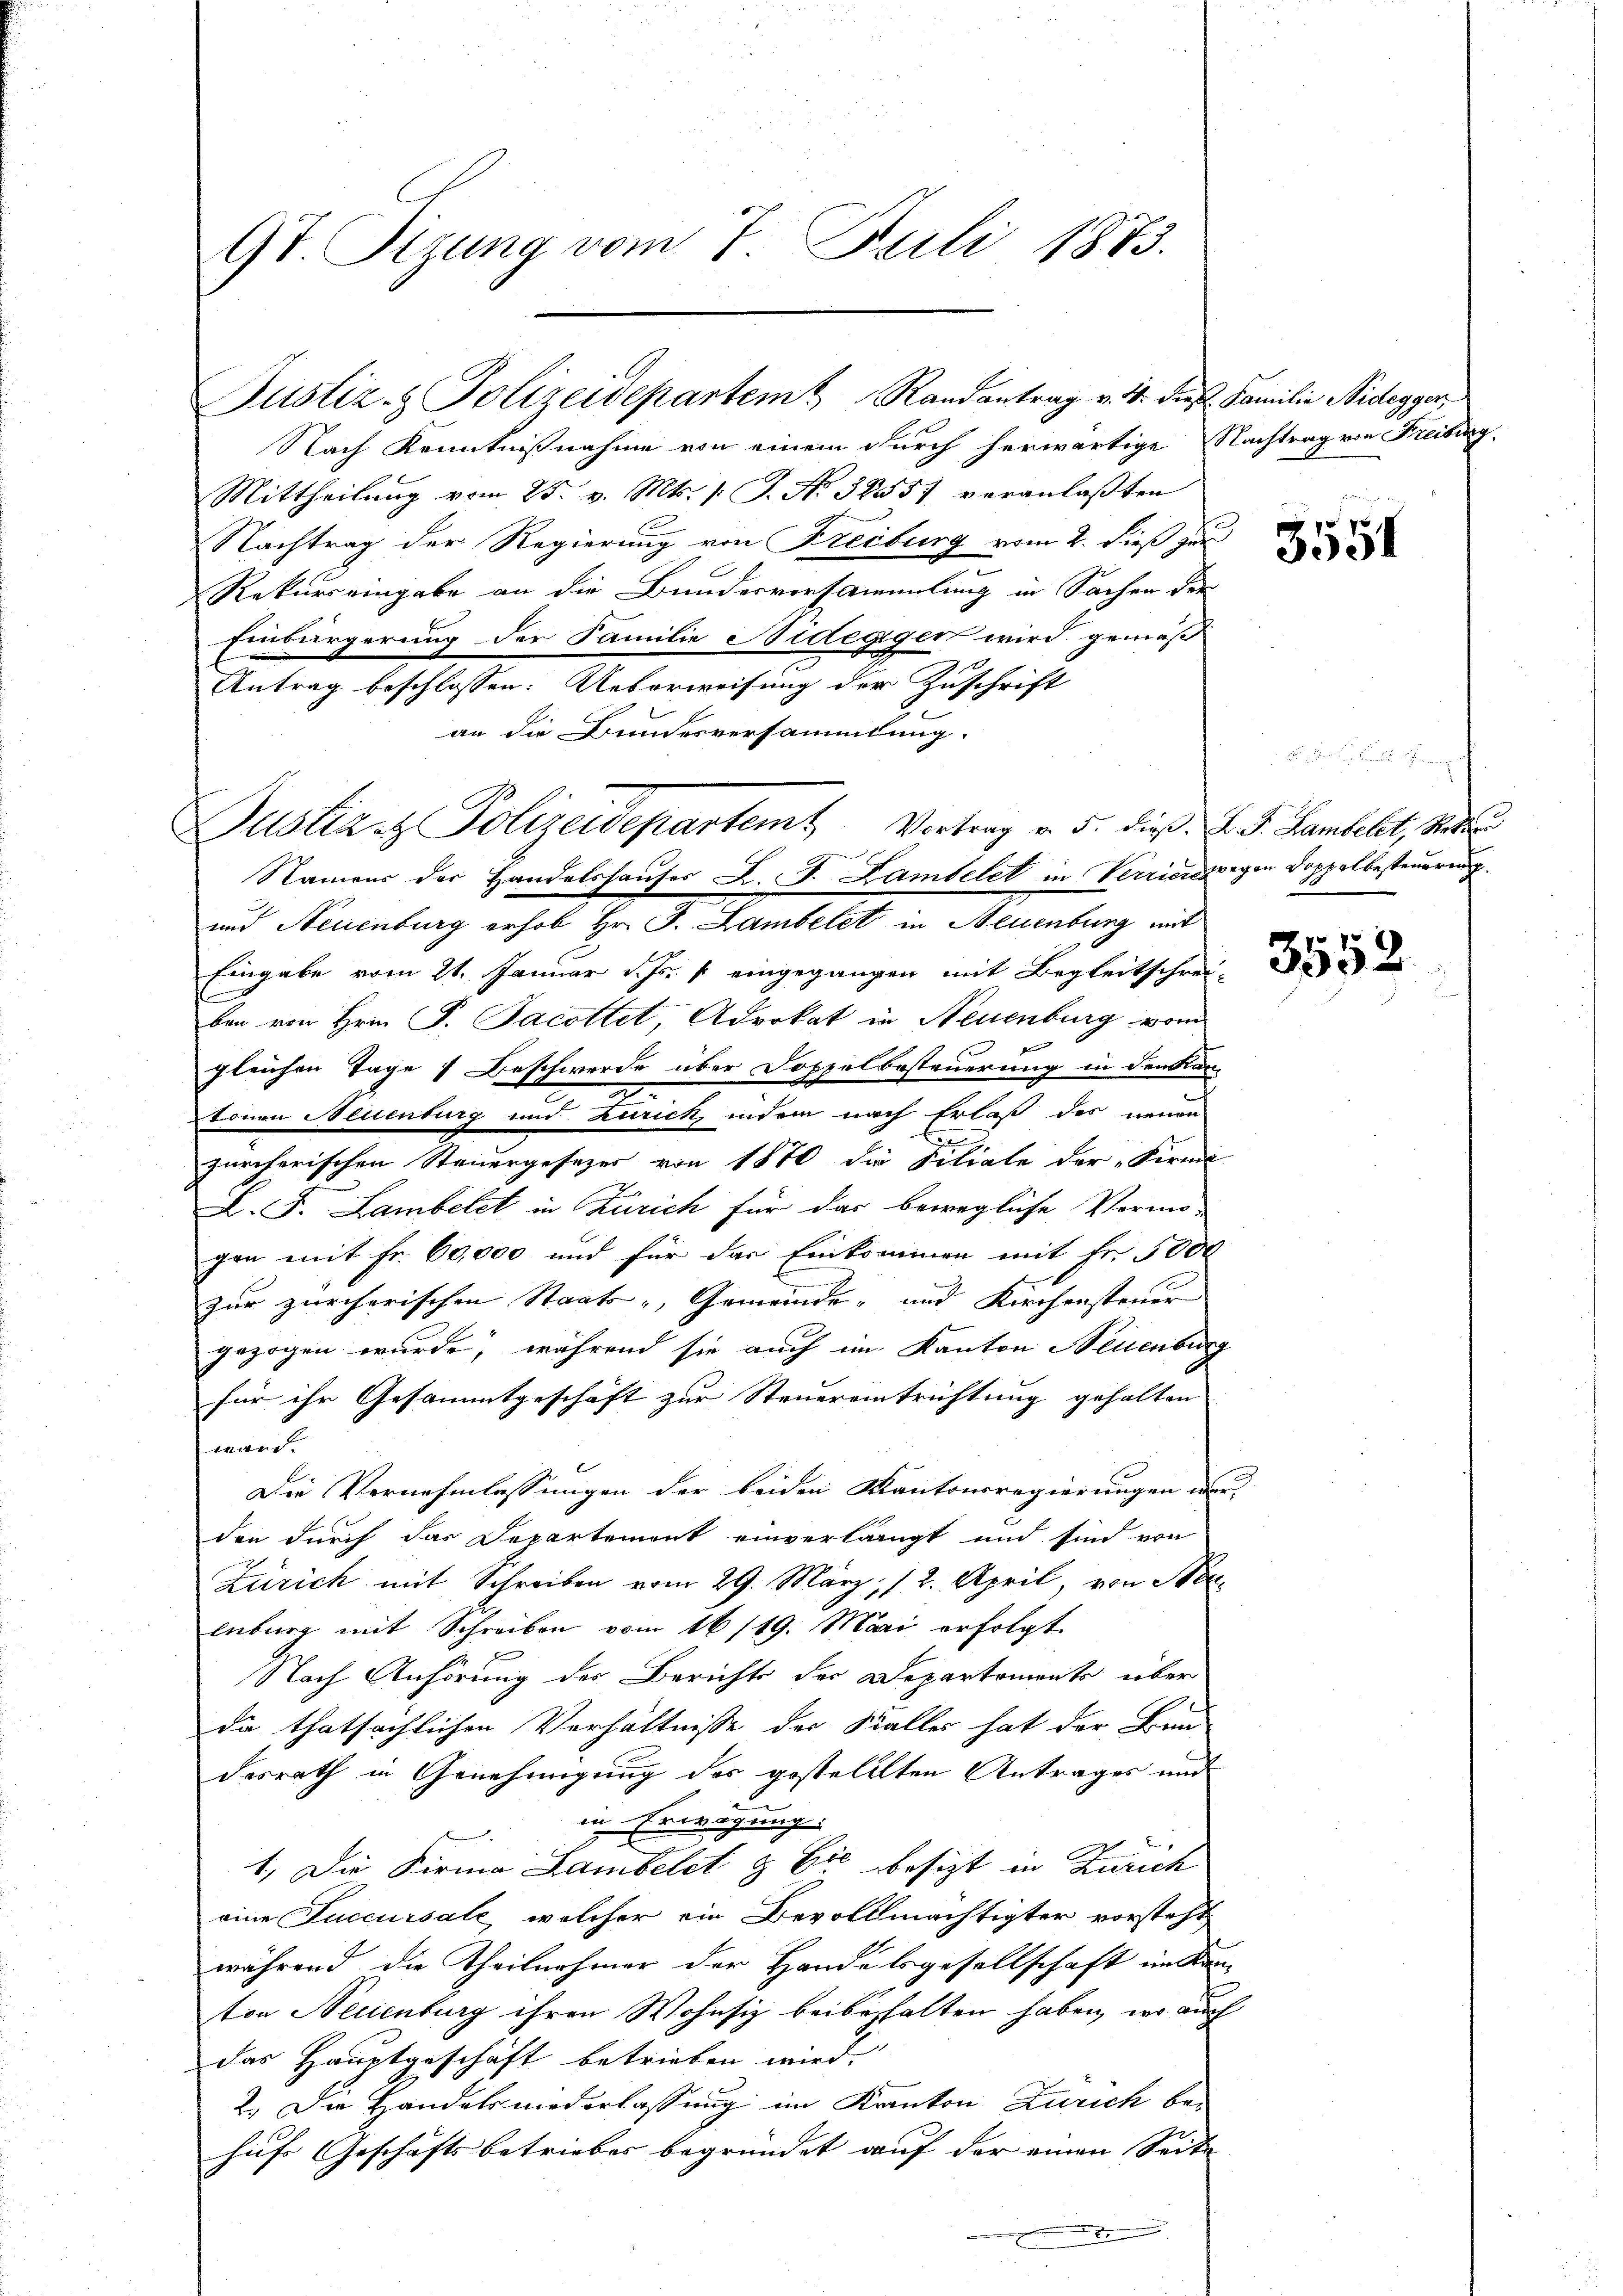
9t Sizung vom 7. Juli 1873.

Nach Kenntnißnahme von einem durch herwärtige Nachtrag von Freiburg
Mittheilŭng vom 25. v. Mts. /: J. No. 32557 veranlaßten
Nachtrag der Regierung von Freiburg vom 2. dieß zur
d
Rekurs eingabe an die Bundesvorsammlung in Sachen der
Einbürgerung der Familie Nidegger wird gemäß
Antrag beschlossen: Ueberweisung der Zuschrift
an die Bundesversammlung.
und Neuenburg erhob Hr. J. Lambelet in Neuenburg mit
Eingabe vom 21. Januar d. Js. p. eingegangen mit Begleitschrei-
ben von Hrn. F. Jacottet, Aderkat in Neuenburg vom
gleichen Tage 1 Beschwerde über Doppelbesteuerung in den Kan-
tonen Neuenburg und Zurick, indem nach Erlaß des neuen
zürcherischen Steuergesezes von 1870 die Filiale der Firme
L. F. Lambelet in Zürich für das bewegliche Vermö-
gen mit Fr. 60,000 und für das Einkommen mit Fr. 5000
zur zürcherischen Staats-, Gemeinde- und Kirchensteuer
gezogen wurde, während sie auch im Kanton Neuenburg
für ihr Gesammtgeschäft zur Steuereintrichtung gehalten
ward.
Die Vernehmlassungen der beiden Kantonsregierungen wer-
den durch das Departement einverlangt und sind von
Zürich mit Schreiben vom 29. März, (2. April, von Herenburg mit Schreiben vom 16/19. Mai erfolgt.
Nach Anhörung des Berichts der Departements über
da thatsächlichen Verhältnisse der Stalles hat der Bun-
desrath in Genehmigung des gestellten Antrages und
in Erwägung
1. Die Firma Lambelst & Cie besizt in Zürich
eine Succursale, welcher ein Bevollmächtigter vorsteht
während die Theilnehmer der Handelsgesellschaft im Kan-
ton Neuenburg ihren Wohnsiz beibehalten haben, wo auch
das Hauptgeschaft betrieben wird.
2.) Die Handels niederlassung im Kanton Zürich be-
hufs Geschäftsbetriebes begründet auf der einen Seite
.

Justiz- & Polizeidepartem Randantrag v. 4. dies Familie Nidegger,

Justiz & Polizeidepartemt Vortrag v. 5. dieß: d. J. Lambelt, Stetten
i
Namens der Handelshauses L. J. Lambelet in Verriesigen Doppelbesteuerung

3554

n

3552